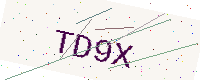
Text: TD9X